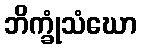
ဘိက္ခုံသံဃော